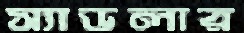
স্যাডলার